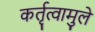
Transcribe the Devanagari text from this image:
कर्तृत्वामुले